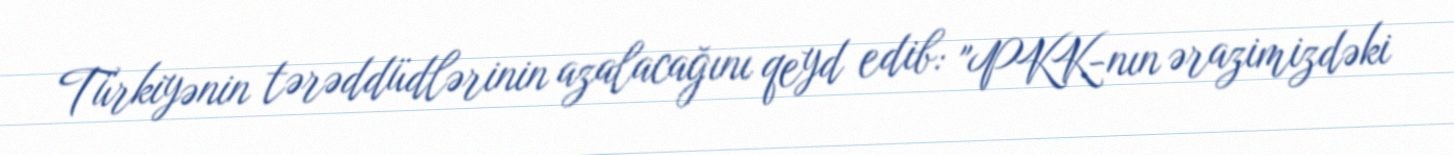
Türkiyənin tərəddüdlərinin azalacağını qeyd edib: "PKK-nın ərazimizdəki